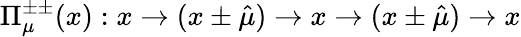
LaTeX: \Pi_{\mu}^{\pm\pm}(x):x\rightarrow(x\pm\hat{\mu})\rightarrow x\rightarrow(x\pm\hat{\mu})\rightarrow x